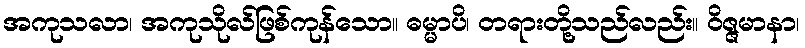
အကုသလာ၊ အကုသိုလ်ဖြစ်ကုန်သော။ ဓမ္မာပိ၊ တရားတို့သည်လည်း။ ဝိဇ္ဇမာနာ၊